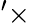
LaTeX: ^\prime\times